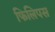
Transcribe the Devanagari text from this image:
फिलिपस